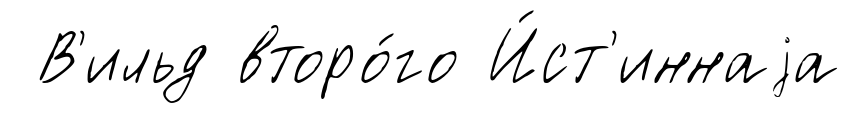
В'ильд второ́го И́ст'иннаjа